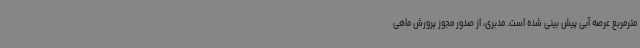
مترمربع عرصه آبی پیش بینی شده است. مدبری، از صدور مجوز پرورش ماهی